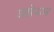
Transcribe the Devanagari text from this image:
ब्वोय्ज